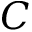
C